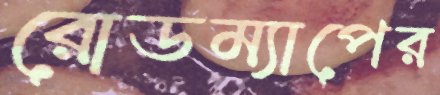
রোডম্যাপের